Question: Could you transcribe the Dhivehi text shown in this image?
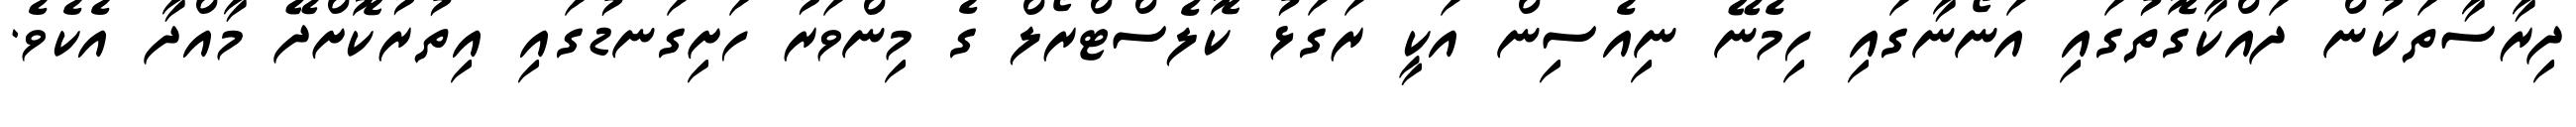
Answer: ދިރާސާތަކުން ދައްކާގޮތުގައި އަނޯނާގައި ހިމެނޭ ނިއެސިން އަކީ ރަގަޅު ކޮލެސްޓްރޯލް ގެ މިންވަރު ހަށިގަނޑުގައި އިތުރުކޮށްދޭ މާއްދާ އެކެވެ.